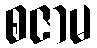
စဇာမ